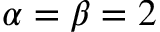
\alpha = \beta = 2